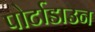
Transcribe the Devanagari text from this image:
पोर्टाडाउन